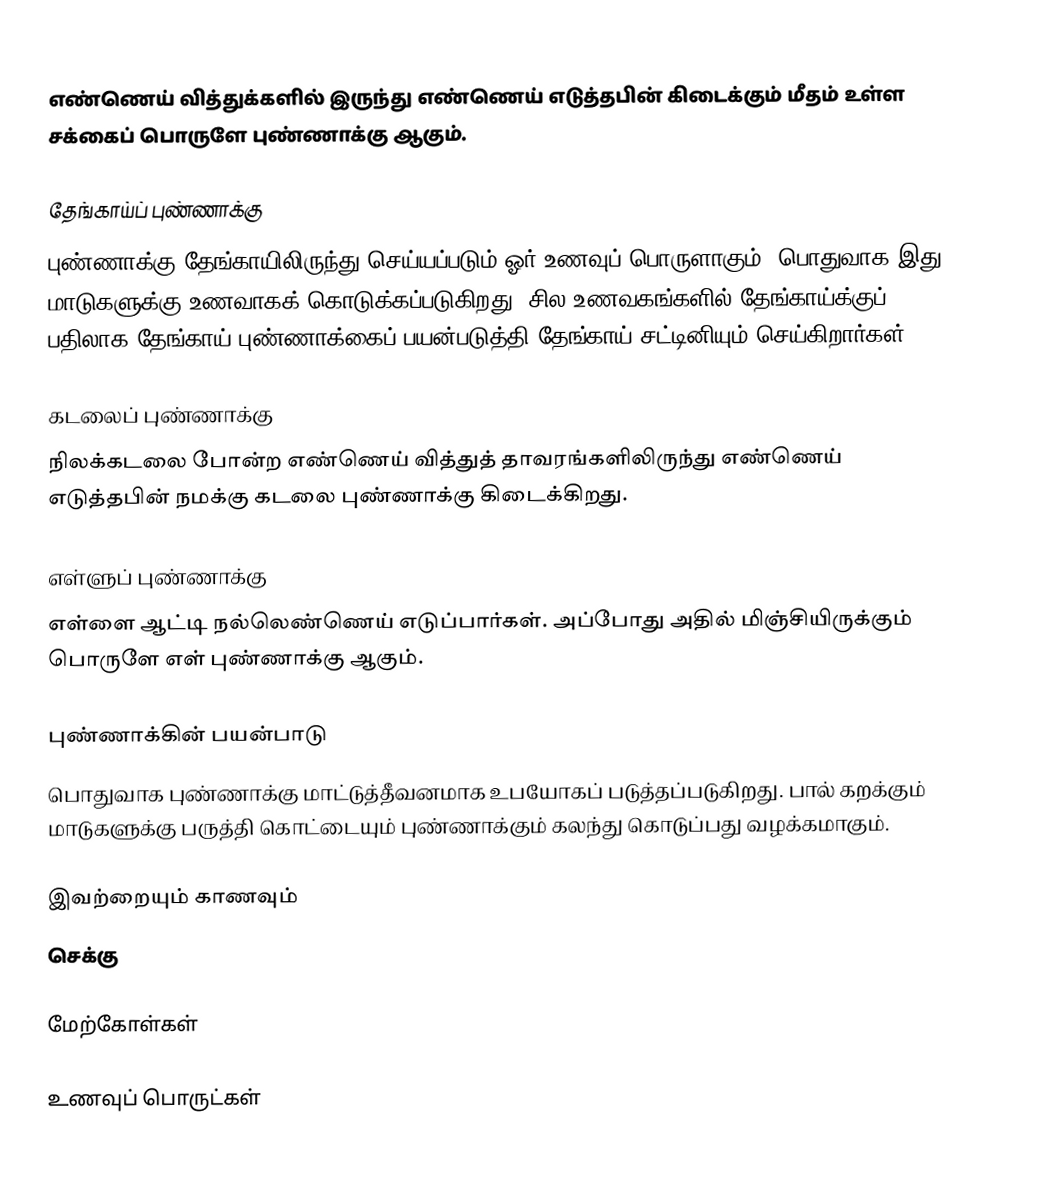
எண்ணெய் வித்துக்களில் இருந்து எண்ணெய் எடுத்தபின் கிடைக்கும் மீதம் உள்ள சக்கைப் பொருளே புண்ணாக்கு ஆகும்.

தேங்காய்ப் புண்ணாக்கு
புண்ணாக்கு தேங்காயிலிருந்து செய்யப்படும் ஓர் உணவுப் பொருளாகும். பொதுவாக இது மாடுகளுக்கு உணவாகக் கொடுக்கப்படுகிறது. சில உணவகங்களில் தேங்காய்க்குப் பதிலாக தேங்காய் புண்ணாக்கைப் பயன்படுத்தி தேங்காய் சட்டினியும் செய்கிறார்கள்.

கடலைப் புண்ணாக்கு
நிலக்கடலை போன்ற எண்ணெய் வித்துத் தாவரங்களிலிருந்து எண்ணெய் எடுத்தபின் நமக்கு கடலை புண்ணாக்கு கிடைக்கிறது.

எள்ளுப் புண்ணாக்கு
எள்ளை ஆட்டி நல்லெண்ணெய் எடுப்பார்கள். அப்போது அதில் மிஞ்சியிருக்கும் பொருளே எள் புண்ணாக்கு ஆகும்.

புண்ணாக்கின் பயன்பாடு
பொதுவாக புண்ணாக்கு மாட்டுத்தீவனமாக உபயோகப் படுத்தப்படுகிறது. பால் கறக்கும் மாடுகளுக்கு பருத்தி கொட்டையும் புண்ணாக்கும் கலந்து கொடுப்பது வழக்கமாகும்.

இவற்றையும் காணவும்
செக்கு

மேற்கோள்கள்

உணவுப் பொருட்கள்